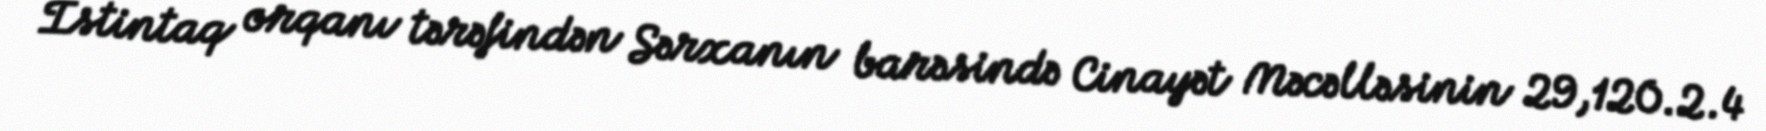
İstintaq orqanı tərəfindən Sərxanın barəsində Cinayət Məcəlləsinin 29,120.2.4